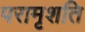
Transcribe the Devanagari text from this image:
परामृशति